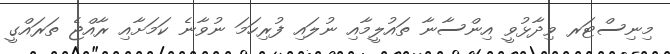
މިނިސްޓަރ ވިދާޅުވީ އިންސާނާ ތައުލީމާއި ނުލައި ފުރިހަމަ ނުވާނެ ކަމަށާއި ރާއްޖެ ތަރައްގީ